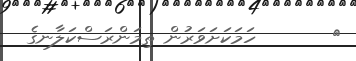
٤       ހަމަކަށަވަރުން ތިމަންރަސްކަލާނގެ